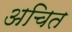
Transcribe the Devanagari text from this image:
अचित